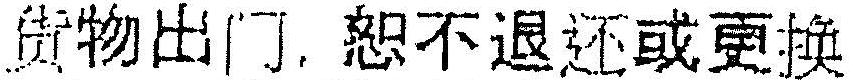
***